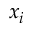
x _ { i }